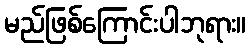
မည်ဖြစ်ကြောင်းပါဘုရား။